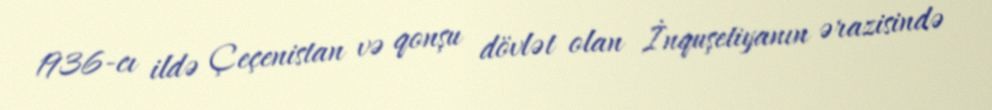
1936-cı ildə Çeçenistan və qonşu dövlət olan İnquşetiyanın ərazisində